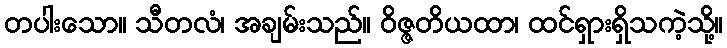
တပါးသော။ သီတလံ၊ အချမ်းသည်။ ဝိဇ္ဇတိယထာ၊ ထင်ရှားရှိသကဲ့သို့။